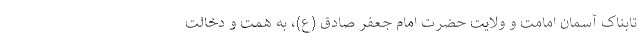
تابناک آسمان امامت و ولایت حضرت امام جعفر صادق (ع)، به همت و دخالت